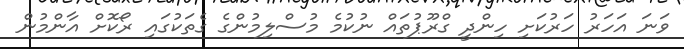
ވަނަ އަހަރު ހަރުކަށި ހިންދީ ގްރޫޕުތައް ނުކުމެ މުސްލިމުންގެ ގެތަކުގައި ރޯކޮށް އާންމުން